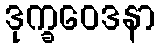
ဒုက္ခဝေဒနာ